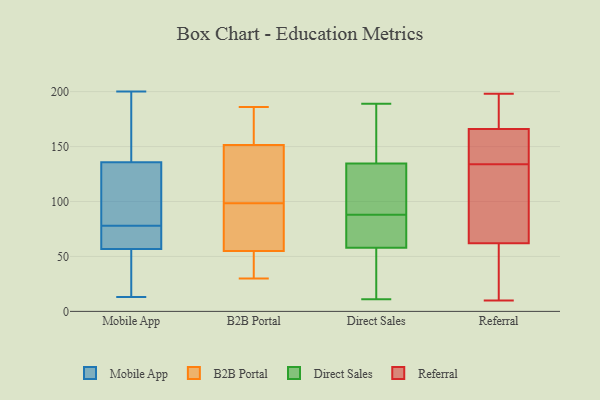
{"axis": {"x": "Gross Profit (USD K)", "y": "Value"}, "legend": ["B2B Portal", "Direct Sales", "Mobile App", "Referral"], "data": [{"x": "", "y": 74, "type": "Mobile App"}, {"x": "", "y": 59, "type": "Mobile App"}, {"x": "", "y": 88, "type": "Mobile App"}, {"x": "", "y": 129, "type": "Mobile App"}, {"x": "", "y": 175, "type": "Mobile App"}, {"x": "", "y": 13, "type": "Mobile App"}, {"x": "", "y": 123, "type": "Mobile App"}, {"x": "", "y": 49, "type": "Mobile App"}, {"x": "", "y": 156, "type": "Mobile App"}, {"x": "", "y": 168, "type": "Mobile App"}, {"x": "", "y": 78, "type": "Mobile App"}, {"x": "", "y": 46, "type": "Mobile App"}, {"x": "", "y": 200, "type": "Mobile App"}, {"x": "", "y": 115, "type": "Mobile App"}, {"x": "", "y": 60, "type": "Mobile App"}, {"x": "", "y": 78, "type": "Mobile App"}, {"x": "", "y": 50, "type": "Mobile App"}, {"x": "", "y": 126, "type": "B2B Portal"}, {"x": "", "y": 51, "type": "B2B Portal"}, {"x": "", "y": 70, "type": "B2B Portal"}, {"x": "", "y": 120, "type": "B2B Portal"}, {"x": "", "y": 186, "type": "B2B Portal"}, {"x": "", "y": 166, "type": "B2B Portal"}, {"x": "", "y": 184, "type": "B2B Portal"}, {"x": "", "y": 39, "type": "B2B Portal"}, {"x": "", "y": 111, "type": "B2B Portal"}, {"x": "", "y": 82, "type": "B2B Portal"}, {"x": "", "y": 38, "type": "B2B Portal"}, {"x": "", "y": 86, "type": "B2B Portal"}, {"x": "", "y": 30, "type": "B2B Portal"}, {"x": "", "y": 168, "type": "B2B Portal"}, {"x": "", "y": 59, "type": "B2B Portal"}, {"x": "", "y": 137, "type": "B2B Portal"}, {"x": "", "y": 57, "type": "Direct Sales"}, {"x": "", "y": 63, "type": "Direct Sales"}, {"x": "", "y": 59, "type": "Direct Sales"}, {"x": "", "y": 96, "type": "Direct Sales"}, {"x": "", "y": 91, "type": "Direct Sales"}, {"x": "", "y": 154, "type": "Direct Sales"}, {"x": "", "y": 79, "type": "Direct Sales"}, {"x": "", "y": 129, "type": "Direct Sales"}, {"x": "", "y": 39, "type": "Direct Sales"}, {"x": "", "y": 117, "type": "Direct Sales"}, {"x": "", "y": 38, "type": "Direct Sales"}, {"x": "", "y": 184, "type": "Direct Sales"}, {"x": "", "y": 170, "type": "Direct Sales"}, {"x": "", "y": 66, "type": "Direct Sales"}, {"x": "", "y": 100, "type": "Direct Sales"}, {"x": "", "y": 11, "type": "Direct Sales"}, {"x": "", "y": 140, "type": "Direct Sales"}, {"x": "", "y": 51, "type": "Direct Sales"}, {"x": "", "y": 85, "type": "Direct Sales"}, {"x": "", "y": 189, "type": "Direct Sales"}, {"x": "", "y": 71, "type": "Referral"}, {"x": "", "y": 198, "type": "Referral"}, {"x": "", "y": 10, "type": "Referral"}, {"x": "", "y": 174, "type": "Referral"}, {"x": "", "y": 27, "type": "Referral"}, {"x": "", "y": 102, "type": "Referral"}, {"x": "", "y": 142, "type": "Referral"}, {"x": "", "y": 15, "type": "Referral"}, {"x": "", "y": 138, "type": "Referral"}, {"x": "", "y": 166, "type": "Referral"}, {"x": "", "y": 189, "type": "Referral"}, {"x": "", "y": 15, "type": "Referral"}, {"x": "", "y": 132, "type": "Referral"}, {"x": "", "y": 136, "type": "Referral"}, {"x": "", "y": 184, "type": "Referral"}, {"x": "", "y": 62, "type": "Referral"}, {"x": "", "y": 137, "type": "Referral"}, {"x": "", "y": 89, "type": "Referral"}]}